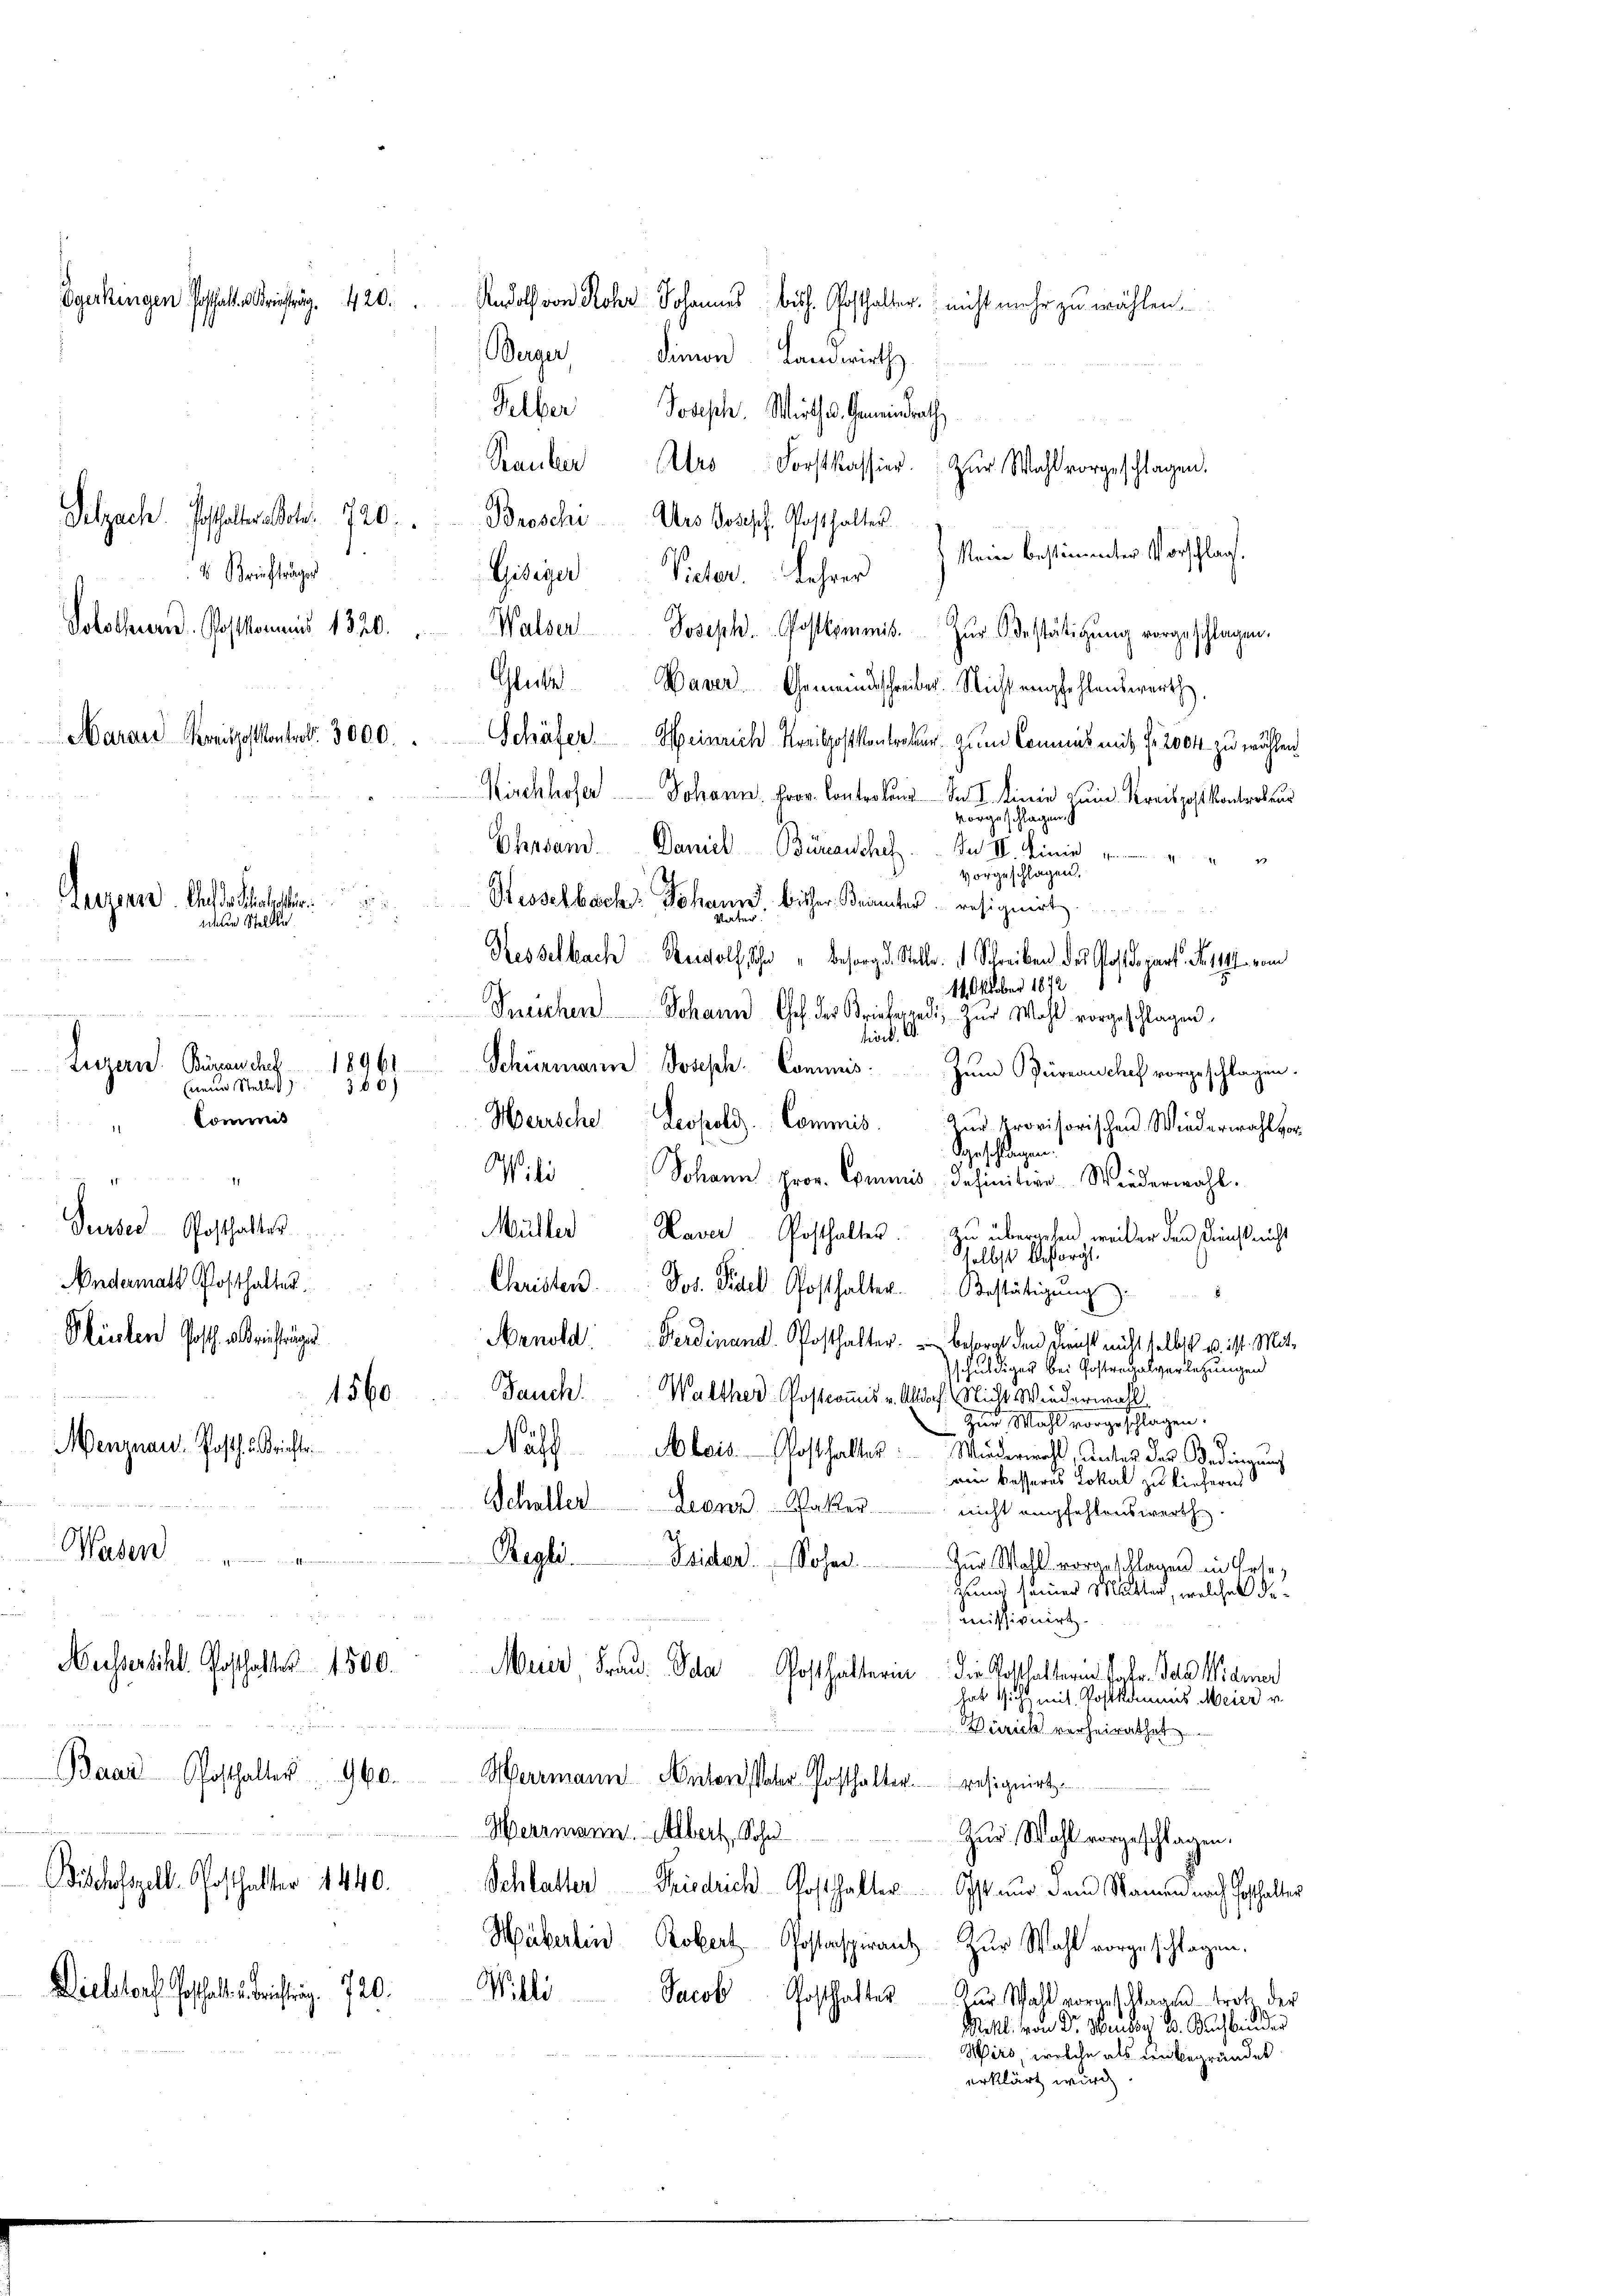
Felber Joseph. Wirth d. Gemeindrath
Rauber Ars Forstkassier. Zŭr Wahl vorgeschlagen.
Giseiger Pieter. Lehrer Mein bestimmter Vorschlag.
4 Briefträger
Solothurn. Postkommnis 1320.
Walser Joseph. Postkommis. Zŭr Bestätigung vorgeschlagen,
Glutz. Waser Gemeindsschreiber. Nicht empfehlendererth
Maraus Kreisposantrat. 3000.
Schäfer! Meinrich Kreispostkontratur zum Commis mit fr. 2004 zu wählen
e
Kirchhofer Johann Fror. Controlung der I. Linie zum Kreispost kontrolaus
vorgeschlagen.
Ehrsand. Daniel Bürenscheh
Der II. Hierin
4.
vorgeschlagen.
Stesselbach: Johann bisher Brannten resignirt
Mater
Resselbach Regolf Schn "Besorg d. Stelle.  Schreiben des Postdepart Nr. 114. vom
14 Oktober 1872
Sneichen Johann Ges. der Brieferend, zur Wahl vorgeschlagen,
tiord. A.
.
Schürmann Joseph. Commis¬
Zum Büreau chef vorgeschlagen.
zu
Herrsche Leopold. Commis. Zŭr provisorischen Wiederwahlvor
dgeschlagen.
Wili Johann prov. Commis definitive Wiederwahl.

Surser Posthalter
Müller Kaver Posthalter. zu übergehen weiter den Kunst nicht
selbst besorgt.
Andermatt Posthalter
Christen. Jos. Pedel Posthalter. Bestätigŭng:
Plüsten Posth. a richtungen
Arnold Ferdinand. Posthalter Besorgt den Dienst nicht selbst u. ist. Mit-
schuldiger bei Gostandesverlegungen
Jauch Walther Postroms v. Altdorf. Nicht Wiederwahl
1560
Zur Wahl vorgeschlagen.
Menznau, Posth. u. Brieftr
Näss Alois Posthalter: Wiederwahl, unter des Bedingung
rin besseres Lokal zu liefern
dere Rechter
Schaller Leonz Pater nicht empfehlenswerth.
Wasen

Regle. Beider Sohn.
Zur Wohl vorgeschlagen in Gese
Grund seiner Mutter, welches demissionirt.
Nusserschl. Posthalter 1500.
Muer Frau. Ida Posthalterin die Gotthaltern Patr. das Widmer
hat sich mit Postkammes Meier u.
Zürich verheirathet
Baar Posthalter 960.
Werrmann Anton Vater Posthalter resignirt.
viennerhaltenen
Herrmann. Albert, Sohn
Zur Wahl vorgeschlagen.
Bischefszell-Posthalter 1440.
Schlatter Friedrich Posthalter Ost nur dem Namen nach Posthalter
Wäberlin Robert Postenspirantz Zur Wahl vorgeschlagen.
Dielsdorf Posthall brichtung. 720. Wille Jacob Posthaltes zur Schalt vorgeschlage trotz der
Mitl. von Dr. Maurig B. Nachbinder
Wiro, welche als unbegründet
erklärt wird.

Egerkingen Posthalt. richtrag. 420.

Luzern. Ausse Mater
Ueten Stell

Luzern. Bürenschaf

neue Stelles
"Commis

18961

380)

Selzach. Hofhalterach. 720 " Broschi Ars Joseph Posthalter

Rudolf von Rohr Johannes bish. Posthalter nicht mehr zu wählen.
Berger, Simon Landwirth